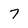
Character: 7